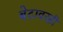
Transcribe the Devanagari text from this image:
बेटावरही